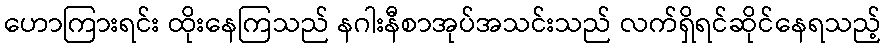
ဟောကြားရင်း ထိုးနေကြသည် နဂါးနီစာအုပ်အသင်းသည် လက်ရှိရင်ဆိုင်နေရသည့်